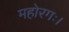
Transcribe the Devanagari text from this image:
महोरगः।